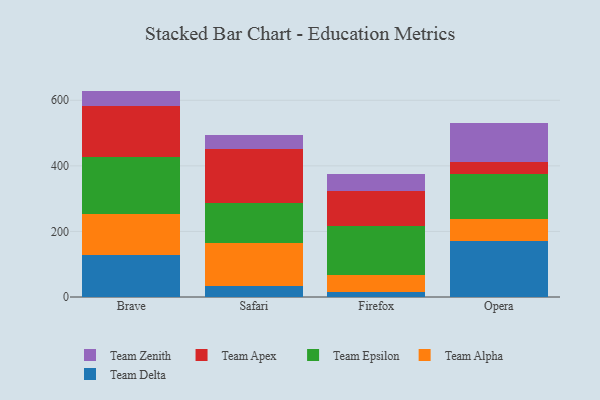
{"axis": {"x": "Browser", "y": "Production Output"}, "legend": ["Team Alpha", "Team Apex", "Team Delta", "Team Epsilon", "Team Zenith"], "data": [{"x": "Brave", "y": 126.8, "type": "Team Delta"}, {"x": "Brave", "y": 127.7, "type": "Team Alpha"}, {"x": "Brave", "y": 171.3, "type": "Team Epsilon"}, {"x": "Brave", "y": 155.4, "type": "Team Apex"}, {"x": "Brave", "y": 47.6, "type": "Team Zenith"}, {"x": "Safari", "y": 33.4, "type": "Team Delta"}, {"x": "Safari", "y": 130.2, "type": "Team Alpha"}, {"x": "Safari", "y": 124.6, "type": "Team Epsilon"}, {"x": "Safari", "y": 164.1, "type": "Team Apex"}, {"x": "Safari", "y": 42.7, "type": "Team Zenith"}, {"x": "Firefox", "y": 15.3, "type": "Team Delta"}, {"x": "Firefox", "y": 52.0, "type": "Team Alpha"}, {"x": "Firefox", "y": 150.1, "type": "Team Epsilon"}, {"x": "Firefox", "y": 104.6, "type": "Team Apex"}, {"x": "Firefox", "y": 53.1, "type": "Team Zenith"}, {"x": "Opera", "y": 171.2, "type": "Team Delta"}, {"x": "Opera", "y": 67.8, "type": "Team Alpha"}, {"x": "Opera", "y": 137.3, "type": "Team Epsilon"}, {"x": "Opera", "y": 36.9, "type": "Team Apex"}, {"x": "Opera", "y": 116.2, "type": "Team Zenith"}]}